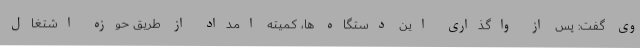
وی گفت: پس از واگذاری این دستگاه ها، کمیته امداد از طریق حوزه اشتغال